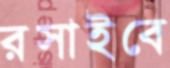
রসাইবে